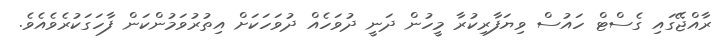
ރާއްޖޭގައި ގެސްޓް ހައުސް ވިޔަފާރިކުރާ މީހުން ދަނީ ދުވަހެއް ދުވަހަކަށް އިތުރުވަމުންކަން ފާހަގަކުރެވެއެވެ.